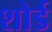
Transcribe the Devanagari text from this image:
शोर्ड